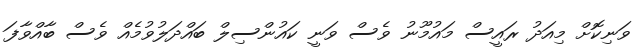
ވަނިކޮށް މިއަދު ރައީސް މައުމޫނު ވެސް ވަނީ ކައުންސިލް ބައްދަލުވުމެއް ވެސް ބާއްވާފަ